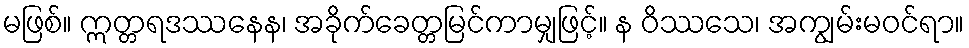
မဖြစ်။ ဣတ္တရဒဿနေန၊ အခိုက်ခေတ္တမြင်ကာမျှဖြင့်။ န ဝိဿသေ၊ အကျွမ်းမဝင်ရာ။